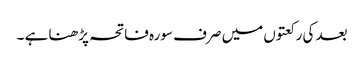
بعد کی رکعتوں میں صرف سورہ فاتحہ پڑھنا ہے ۔